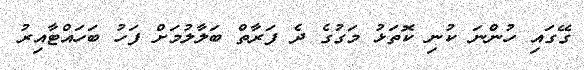
ގޭގައި ހުންނަ ކުނި ކޮތަޅު މަގުގެ ދެ ފަރާތް ބަލާލުމަށް ފަހު ބަހައްޓާއިރު